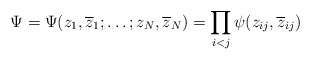
\begin{align*}\Psi=\Psi(z_{1},\overline{z}_{1};\ldots ;z_{N},\overline{z}_{N}) =\prod_{\scriptstyle i<j}\psi(z_{ij},\overline{z}_{ij})\end{align*}